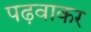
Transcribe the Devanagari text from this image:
पढ़वाकर